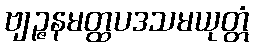
ဗျဉ္ဇနမတ္ထပဒသမယုတ္တံ